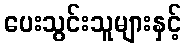
ပေးသွင်းသူများနှင့်